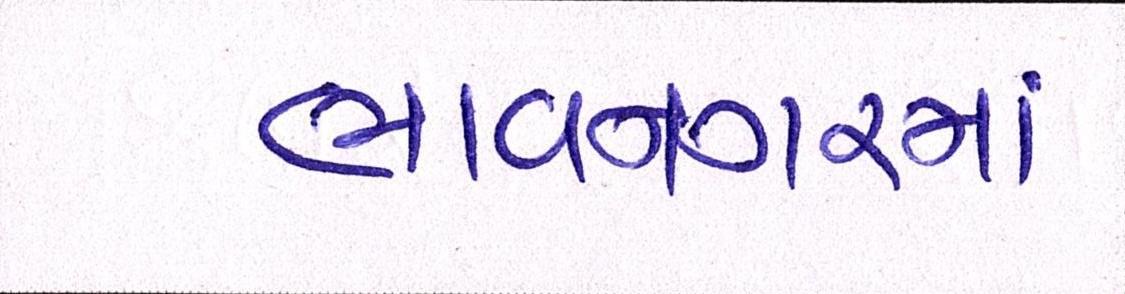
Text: ભાવનગરમાં